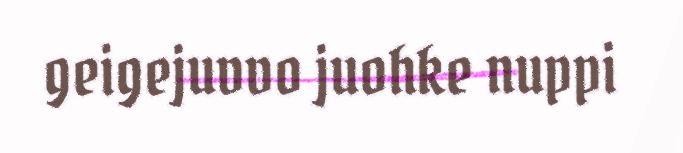
geigejuvvo juohke nuppi